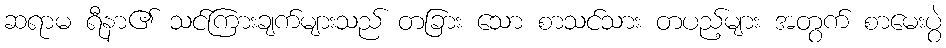
ဆရာမ ရီနာ၏ သင်ကြားချက်များသည် တခြား သော စာသင်သား တပည့်များ အတွက် စာမေးပွဲ